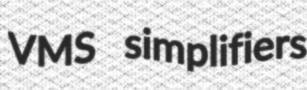
VMS simplifiers